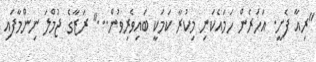
"ރިއާ ފެށީ. އަހަރެން ހަމައެކަނި މިކުރާ ކަމަކީ ބައިވެރިވުން..." ރަޒާގެ ޖުމްލަ ނިންމާފައި